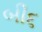
બી૬